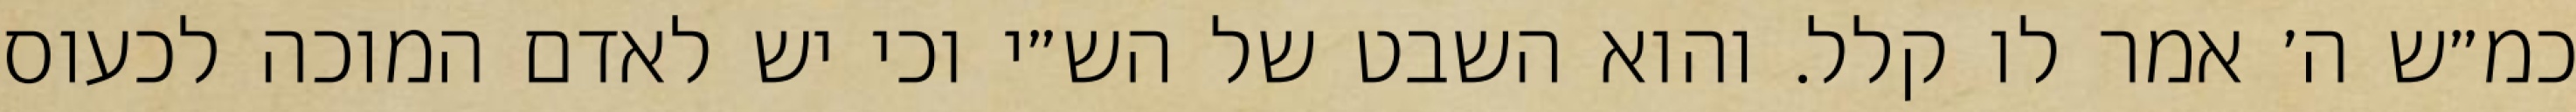
כמ״ש ה׳ אמר לו קלל. והוא השבט של הש״י וכי יש לאדם המוכה לכעוס